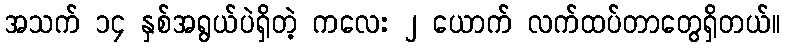
အသက် ၁၄ နှစ်အရွယ်ပဲရှိတဲ့ ကလေး ၂ ယောက် လက်ထပ်တာတွေရှိတယ်။